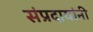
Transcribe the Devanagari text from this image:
संप्रदायांनी